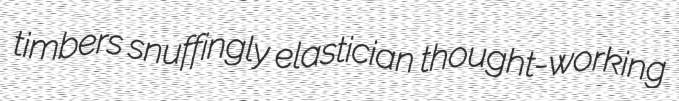
timbers snuffingly elastician thought-working